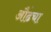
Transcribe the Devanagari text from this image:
औंढचा